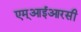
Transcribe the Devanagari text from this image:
एम्आईआरसी